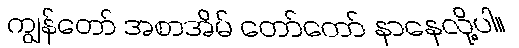
ကျွန်တော် အစာအိမ် တော်တော် နာနေလို့ပါ။